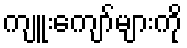
ကျူးကျော်များကို